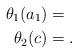
LaTeX: \begin{align*}\theta_1 (a_1)& = \\\theta_2 (c)&= .\end{align*}